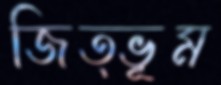
জিত্ভূম